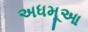
અધમૂઆ